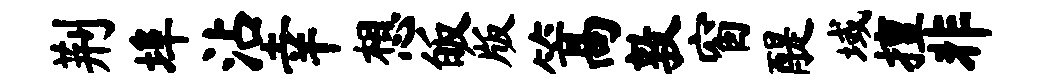
荆埠沾幸想皈版篙敦窗醍域擅非